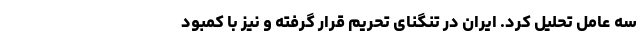
سه عامل تحلیل کرد. ایران در تنگنای تحریم قرار گرفته و نیز با کمبود